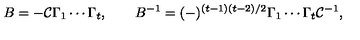
B = - { \cal C } \Gamma _ { 1 } \cdots \Gamma _ { t } , \qquad B ^ { - 1 } = ( - ) ^ { ( t - 1 ) ( t - 2 ) / 2 } \Gamma _ { 1 } \cdots \Gamma _ { t } { \cal C } ^ { - 1 } ,